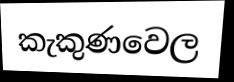
කැකුණවෙල